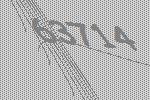
63714